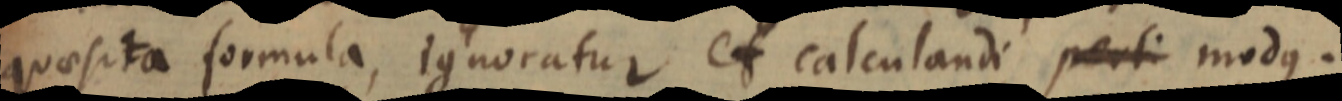
quae sit quaesita formula, ignoratur et calculandi per si modus.